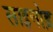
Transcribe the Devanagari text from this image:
साइनोड़